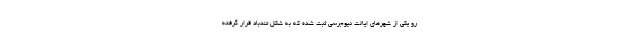
رو یکی از شهرهای ایالت نیوجرسی ثبت شده که به شکل تندباد قرار گرفته